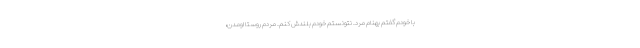
با خودم گفتم بهنام مرد. نتونستم خودم بلندش كنم. مردم روستا اومدن،